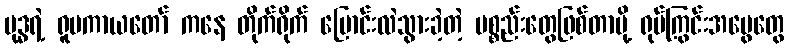
ဗုဒ္ဓရဲ့ ရူပကာယတော် ကနေ တိုက်ရိုက် ပြောင်းလဲသွားခဲ့တဲ့ ပစ္စည်းတွေဖြစ်တာမို့ ရုပ်ကြွင်းအမွေတွေ